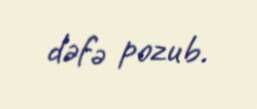
dəfə pozub.